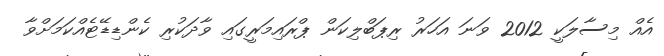
އެއް މިސާލަކީ 2012 ވަނަ އަހަރު ރިޕަބްލިކަން ޕްރައިމަރީގައި ވާދަކުރި ކެންޑިޑޭޓެއްކަމަށްވާ